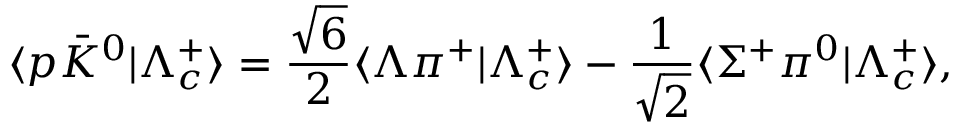
\langle p \bar { K } ^ { 0 } | \Lambda _ { c } ^ { + } \rangle = { \frac { \sqrt 6 } { 2 } } \langle \Lambda \pi ^ { + } | \Lambda _ { c } ^ { + } \rangle - { \frac { 1 } { \sqrt 2 } } \langle \Sigma ^ { + } \pi ^ { 0 } | \Lambda _ { c } ^ { + } \rangle ,